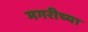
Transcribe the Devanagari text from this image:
मगरीच्या